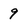
Character: 9